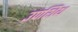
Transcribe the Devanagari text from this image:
उपशिथ